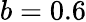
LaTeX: b=0.6